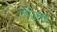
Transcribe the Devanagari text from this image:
रंगीतच